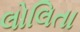
લોલિતા